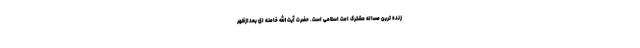
زنده ترین مساله مشترک امت اسلامی است. حضرت آیت الله خامنه ای بعدازظهر